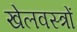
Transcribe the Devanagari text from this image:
खेलवस्त्रों